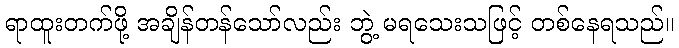
ရာထူးတက်ဖို့ အချိန်တန်သော်လည်း ဘွဲ့ မရသေးသဖြင့် တစ်နေရသည်။